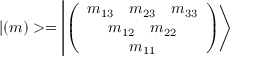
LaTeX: | ( m ) > = \left| \left( \begin{array} { c } { { m _ { 1 3 } ~ ~ ~ m _ { 2 3 } ~ ~ ~ m _ { 3 3 } } } \\ { { m _ { 1 2 } ~ ~ ~ m _ { 2 2 } } } \\ { { m _ { 1 1 } } } \end{array} \right) \right>